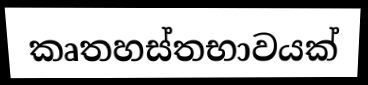
කෘතහස්තභාවයක්